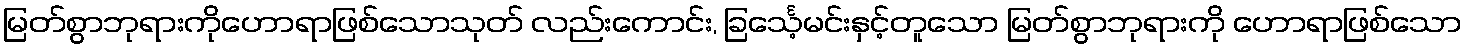
မြတ်စွာဘုရားကိုဟောရာဖြစ်သောသုတ် လည်းကောင်း, ခြင်္သေ့မင်းနှင့်တူသော မြတ်စွာဘုရားကို ဟောရာဖြစ်သော